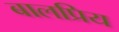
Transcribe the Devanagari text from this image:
बालप्रिय